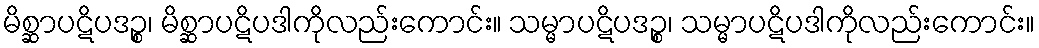
မိစ္ဆာပဋိပဒဉ္စ၊ မိစ္ဆာပဋိပဒါကိုလည်းကောင်း။ သမ္မာပဋိပဒဉ္စ၊ သမ္မာပဋိပဒါကိုလည်းကောင်း။